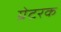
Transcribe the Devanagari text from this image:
ग्रेटरक